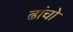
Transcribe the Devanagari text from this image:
ढांचो